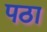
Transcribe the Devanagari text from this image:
पठा